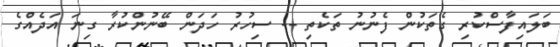
ބަލައިފާސްކުރި ގެތަކުން ފެނުނު ތަކެތި -- ސިހުރު ހަދަން ބޭނުންކުރާ ގިނަ އަދެއްގެ